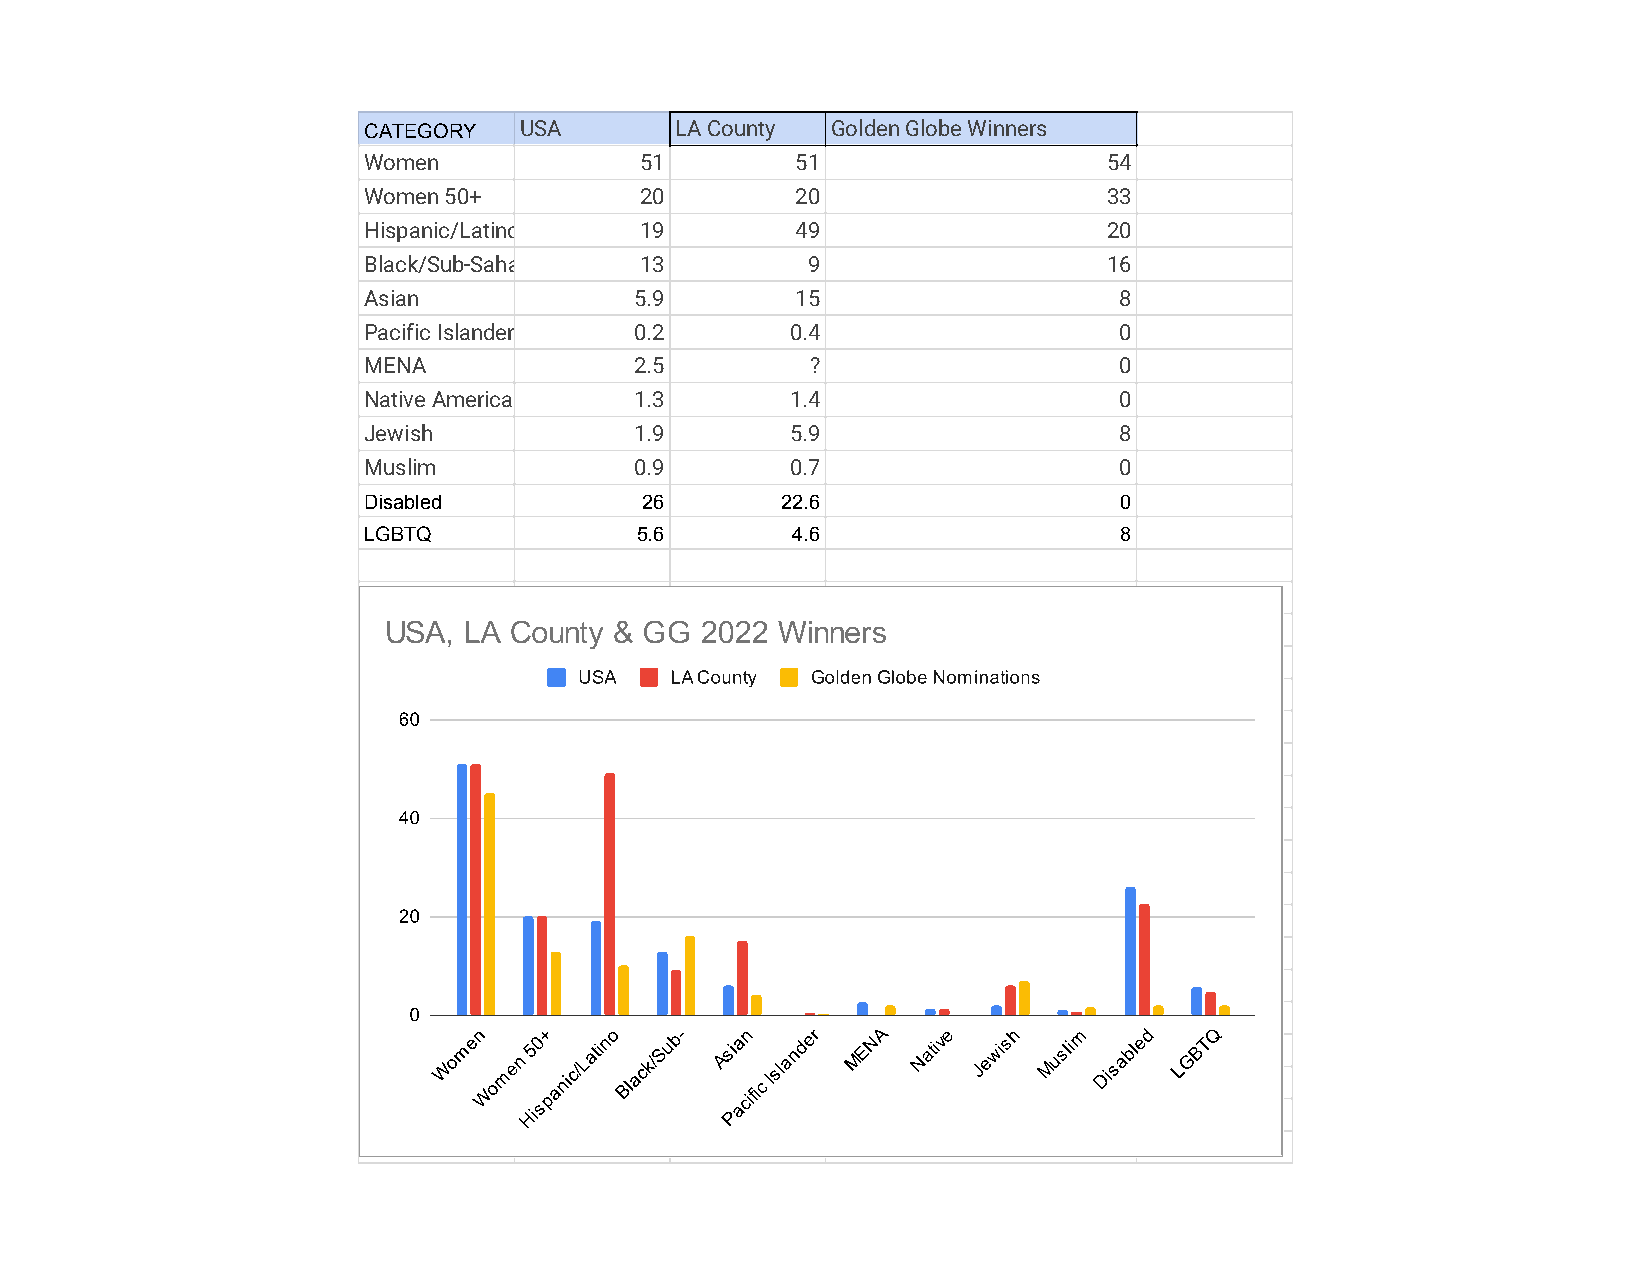
CATEGORY  USA        LA County Golden Globe Winners
 Women             51         51                  54
 Women 50+         20         20                  33
 Hispanic/Latino   19         49                  20
 Black/Sub-Saharan Descent13  9                   16
 Asian             5.9        15                   8
 Pacific Islander  0.2       0.4                   0
 MENA              2.5         ?                   0
 Native American/Alaskan 1.3 1.4                   0
 Jewish            1.9       5.9                   8
 Muslim            0.9       0.7                   0
 Disabled          26        22.6                  0
 LGBTQ             5.6       4.6                   8